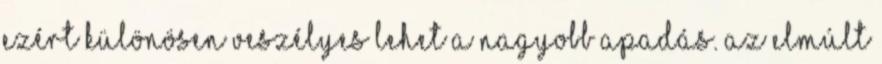
ezért különösen veszélyes lehet a nagyobb apadás. Az elmúlt